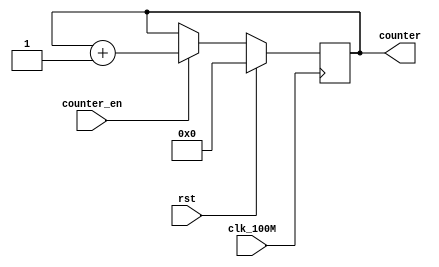
`timescale 1ns / 1ps
//////////////////////////////////////////////////////////////////////////////////
// Company: 
// Engineer: 
// 
// Design Name: 
// Module Name: Counter
// Project Name: 
// Target Devices: 
// Tool Versions: 
// Description: 
// 
// Dependencies: 
// 
// Revision:
// Revision 0.01 - File Created
// Additional Comments:
// 
//////////////////////////////////////////////////////////////////////////////////
module Counter(
	 input                    wire                    clk_100M
	,input                    wire                    rst
	,input                    wire                    counter_en
	,output                   wire        [3:0]       counter   
    );
	
	reg [3:0] cnt;
	//RTL
	assign counter[3] = cnt[3];
	assign counter[2] = cnt[2];
	assign counter[1] = cnt[1];
	assign counter[0] = cnt[0];
	//Behavioral
	always @ (posedge clk_100M) begin : COUNTER
		if(rst) 
			cnt <= 4'd0;
		else if(counter_en) 
			cnt <= cnt + 4'd1;
		else 
			cnt <= cnt;
	end
endmodule